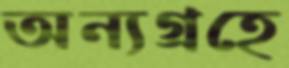
অন্যগ্রহে